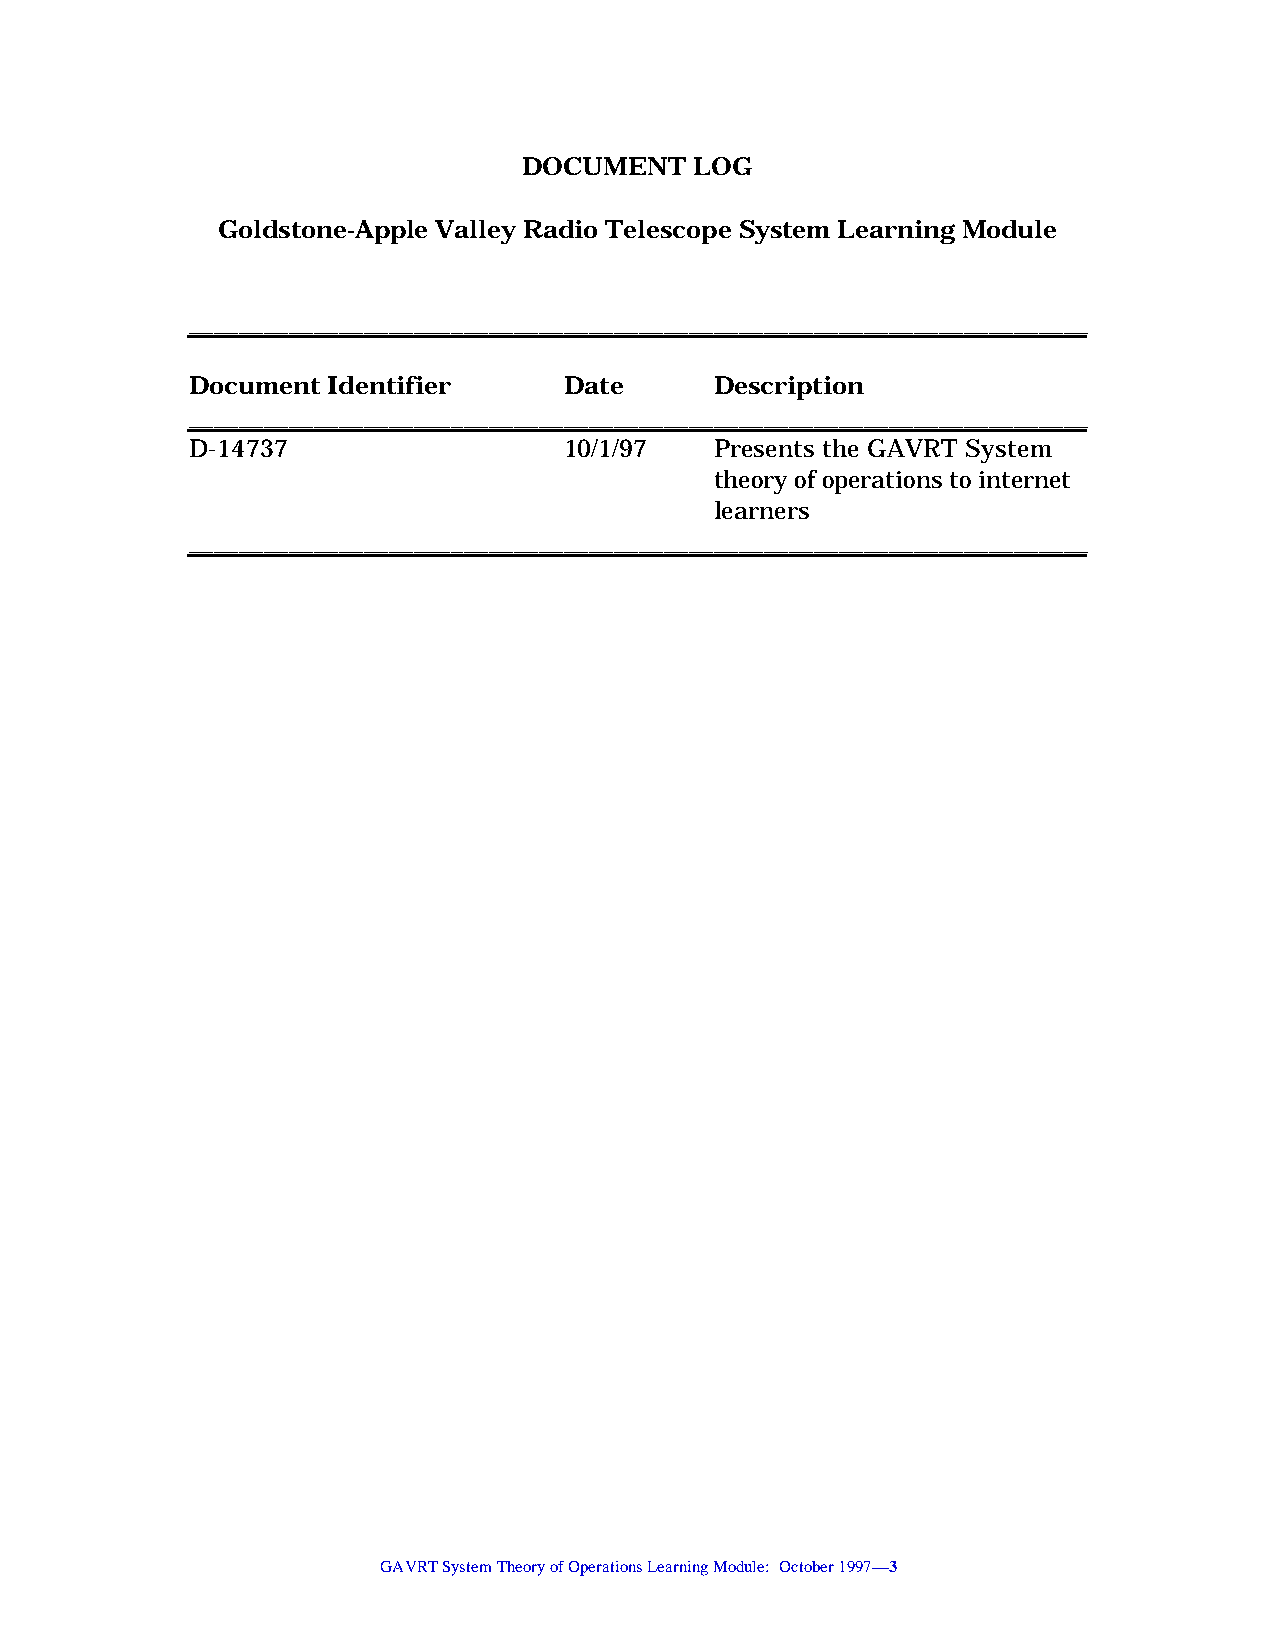
DOCUMENT   LOG
 Goldstone-Apple Valley Radio Telescope System Learning Module
 ________________________________________________________________________
 Document  Identifier     Date      Description
 ________________________________________________________________________
 D-14737                  10/1/97   Presents the GAVRT System
 theory of operations to internet
 learners
 ________________________________________________________________________
 GAVRT System Theory of Operations Learning Module: October 1997—3